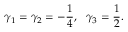
\gamma _ { 1 } = \gamma _ { 2 } = - \frac { 1 } { 4 } , ~ ~ \gamma _ { 3 } = \frac { 1 } { 2 } .